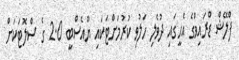
ފްލޭޝް ޑްރައިވްގެ އެހީގައި ދުވެލި ހަލުވި ކުރުމަށްޓަކައި ޔޫއެސްބީ 2.0 ގެ ސްލޮޓަކަށް